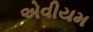
એવીયમ